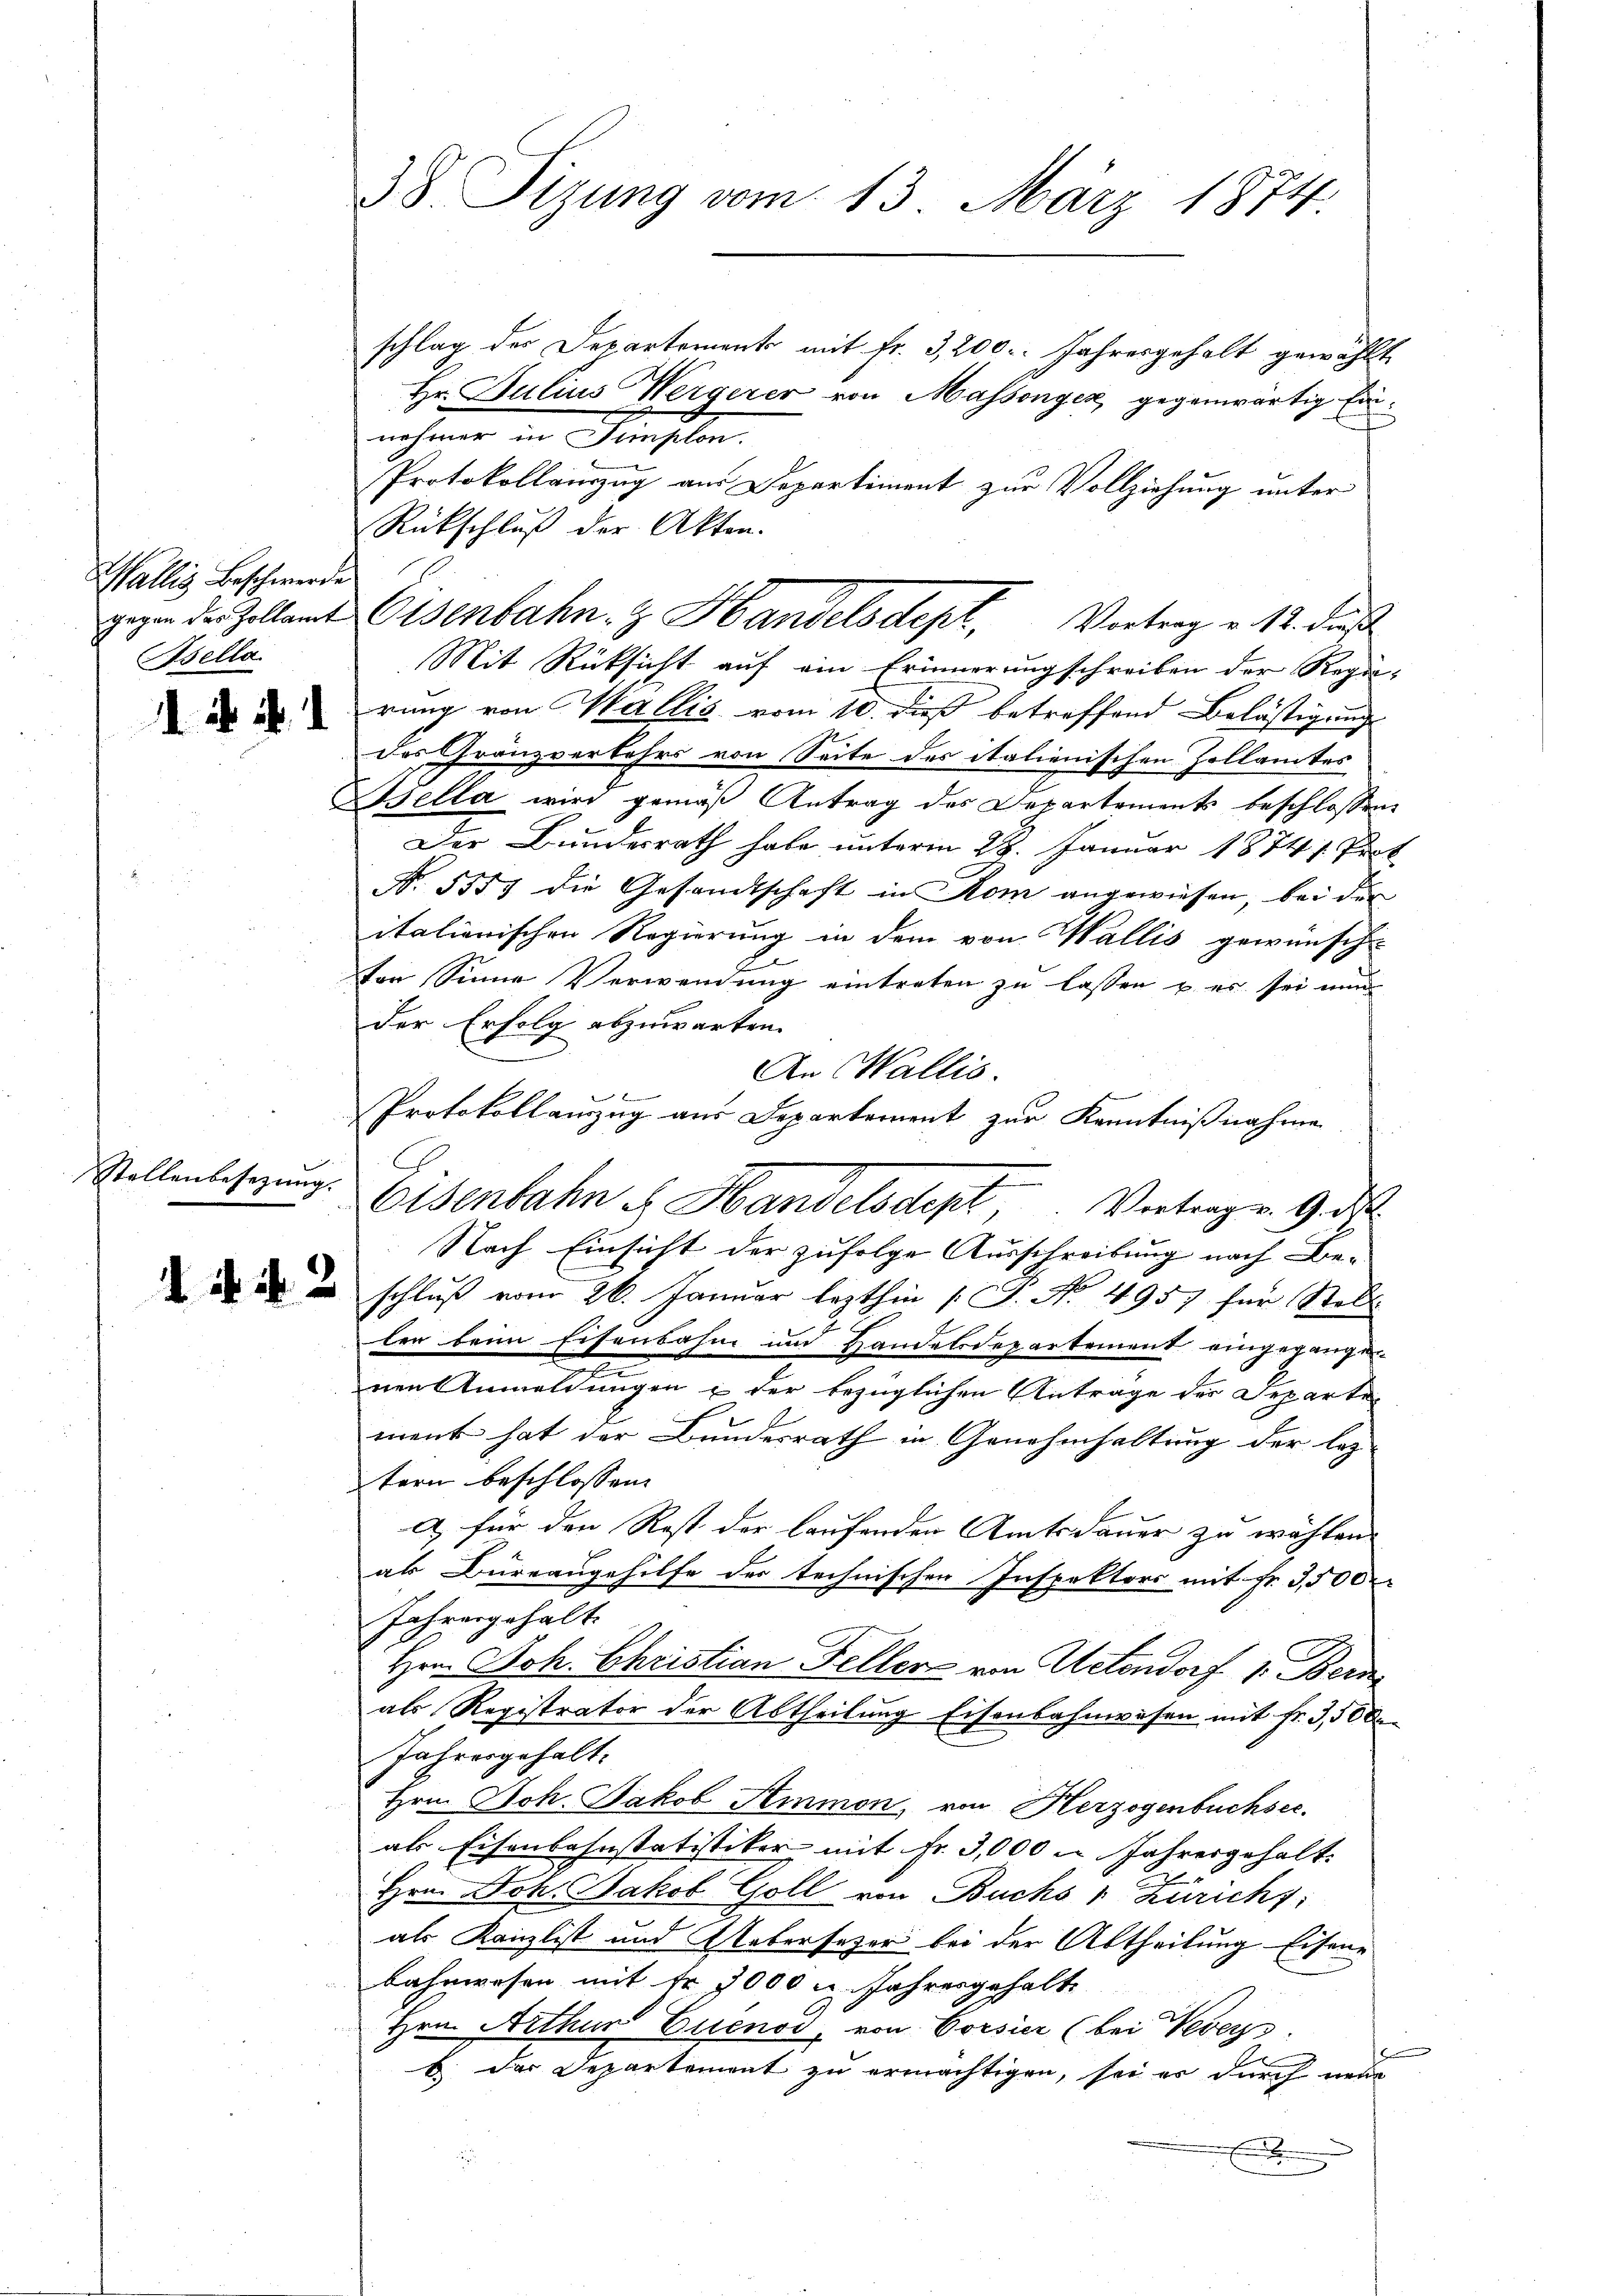
Wallis Beschwerden
Asella

. . . .

Stellenbesezung.

38 Sizung vom 13. März 1874.

gegen der Zollamt Osenbahn- & Handelsdept, Vortrag v. 12. daß

Eisenbahn u. Handelsdept, Vertrag v. 9. ds

schlag der Departement mit fr. 3,200. Jahresgehalt gewählt
Hr. Julius Wergerer von Massonycz, gegenwärtig Einnehmer in Simplon.
Protokollauszug aus Departiment zur Vollziehung unter
Rückschluß der Akten.
Mit Rücksicht auf ein Erinnerungschreiben der Regie-
rung von Wallis vom 10. dieß betreffend Belästigung
des Gränzverkehrs von Seite des italienischen Zollamtes
Osella wird gemäß Antrag des Departements beschlossen
Der Bundesrath habe unterm 28. Januar 1874 s. Prot
N. 5557 die Gesandtschaft in Rom angewiesen, bei der
italienischen Regierung in dem von Wallis gewünsch-
von Sinne Verwendung eintreten zu lassen u. es sei nun
der Erfolg abzuwarten.
An Wallis.
Protokollamzug aus Departement zur Kenntnißnahme
Nach Einsicht der zufolge Ausschreibung nach Be¬
  schluß vom 26. Januar lezthin /: J. No. 4957 für Rebl
len beim Eisenbahn und Handelsdepartement eingegangen
d
nen Anmeldungen u der bezüglichen Antrage der Departe
ment hat der Bundesrath in Genehmhaltung der lez
tern beschlossen
a für den Rest der laufenden Amtsdauer zu wählen.
al Büreaugehilfe der technischen Inspektors mit Fr. 3,500
Jahresgehalt
Hrn. Joh. Christian Feller von Uetendorf 1. Bern
als Registrator der Abtheilung Eisenbahnwesen mit Fr. 3,500.
Jahresgehalt.
Hrn. Joh. Jakob Simon, von Herzogenbuchsec
als Eisenbahnstatistiker mit Fr. 3,000 u. Jahresgehalt.
Hrn. Joh. Jakob Goll von Buchs & Züricht:
als Kanzlist und Uebersezer bei der Abtheilung Eisene
bahnwesen mit Fr. 3000 l. Jahresgehalt
Hrn. Arthur Eisenod, von Corsier (bei Veveys.
b. der Departement zu ermächtigen, sei es durch neue
x